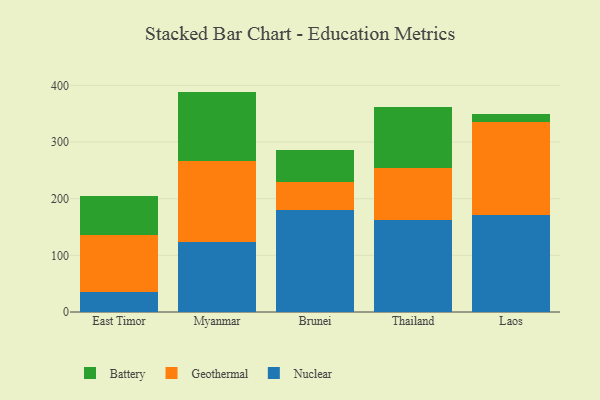
{"axis": {"x": "Country", "y": "Conversion Rate (%)"}, "legend": ["Battery", "Geothermal", "Nuclear"], "data": [{"x": "East Timor", "y": 36.0, "type": "Nuclear"}, {"x": "East Timor", "y": 99.1, "type": "Geothermal"}, {"x": "East Timor", "y": 70.3, "type": "Battery"}, {"x": "Myanmar", "y": 123.7, "type": "Nuclear"}, {"x": "Myanmar", "y": 143.1, "type": "Geothermal"}, {"x": "Myanmar", "y": 122.2, "type": "Battery"}, {"x": "Brunei", "y": 179.3, "type": "Nuclear"}, {"x": "Brunei", "y": 49.4, "type": "Geothermal"}, {"x": "Brunei", "y": 58.0, "type": "Battery"}, {"x": "Thailand", "y": 163.0, "type": "Nuclear"}, {"x": "Thailand", "y": 90.5, "type": "Geothermal"}, {"x": "Thailand", "y": 107.6, "type": "Battery"}, {"x": "Laos", "y": 170.9, "type": "Nuclear"}, {"x": "Laos", "y": 164.4, "type": "Geothermal"}, {"x": "Laos", "y": 14.4, "type": "Battery"}]}